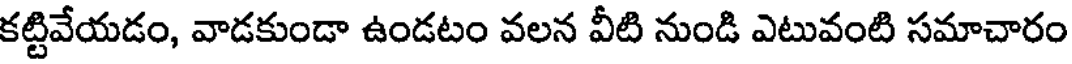
కట్టివేయడం, వాడకుండా ఉండటం వలన వీటి నుండి ఎటువంటి సమాచారం